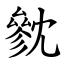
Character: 㓄